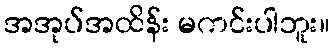
အအုပ်အထိန်း မကင်းပါဘူး။